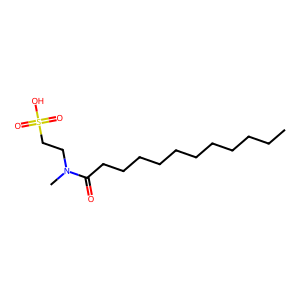
SMILES: CCCCCCCCCCCC(=O)N(C)CCS(=O)(=O)O
Inhibits HIV replication: No